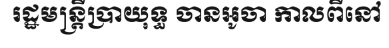
រដ្ឋមន្ត្រីប្រាយុទ្ធ ចានអូចា កាលពីនៅ